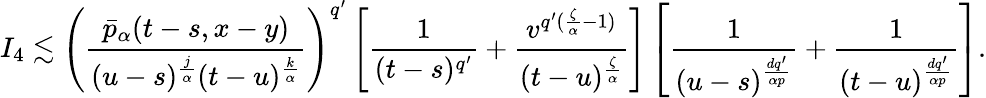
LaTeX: I_{4}\lesssim\left(\frac{\bar{p}_{\alpha}(t-s,x-y)}{(u-s)^{\frac{j}{\alpha}}(t-u)^{\frac{k}{\alpha}}}\right)^{q^{\prime}}\left[\frac{1}{(t-s)^{q^{\prime}}}+\frac{v^{q^{\prime}(\frac{\zeta}{\alpha}-1)}}{(t-u)^{\frac{\zeta}{\alpha}}}\right]\left[\frac{1}{(u-s)^{\frac{dq^{\prime}}{\alpha p}}}+\frac{1}{(t-u)^{\frac{dq^{\prime}}{\alpha p}}}\right].